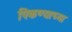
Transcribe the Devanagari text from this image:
पिकण्याच्या